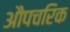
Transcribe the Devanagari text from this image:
औपचरिक